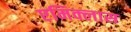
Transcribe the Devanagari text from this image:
एमिक्लास